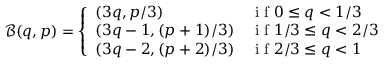
\mathcal B ( q , p ) = \left\{ \begin{array} { l l } { ( 3 q , p / 3 ) } & { \mathrm { ~ i ~ f ~ } 0 \leq q < 1 / 3 } \\ { ( 3 q - 1 , ( p + 1 ) / 3 ) } & { \mathrm { ~ i ~ f ~ } 1 / 3 \leq q < 2 / 3 } \\ { ( 3 q - 2 , ( p + 2 ) / 3 ) } & { \mathrm { ~ i ~ f ~ } 2 / 3 \leq q < 1 } \end{array} \right.